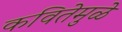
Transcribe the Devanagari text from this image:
कवितेमुळे